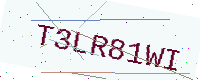
Text: T3LR81WI